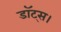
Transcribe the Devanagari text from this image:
डॉट्स।